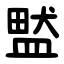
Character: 盢